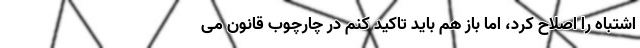
اشتباه را اصلاح کرد، اما باز هم باید تاکید کنم در چارچوب قانون می